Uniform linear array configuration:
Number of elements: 8
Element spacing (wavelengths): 1
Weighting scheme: blackman
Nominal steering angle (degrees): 30
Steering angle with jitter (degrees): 30.377
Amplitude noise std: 0.05
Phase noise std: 0.05

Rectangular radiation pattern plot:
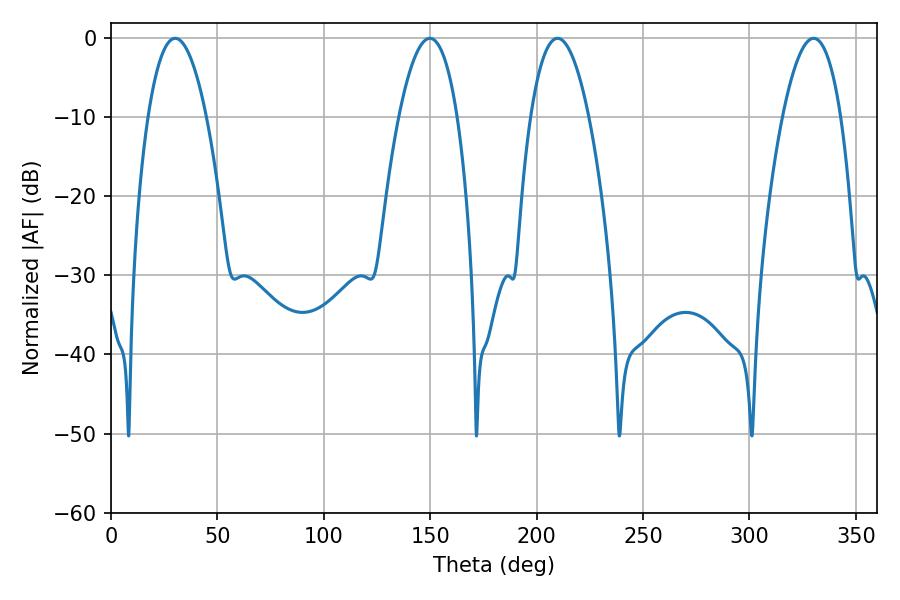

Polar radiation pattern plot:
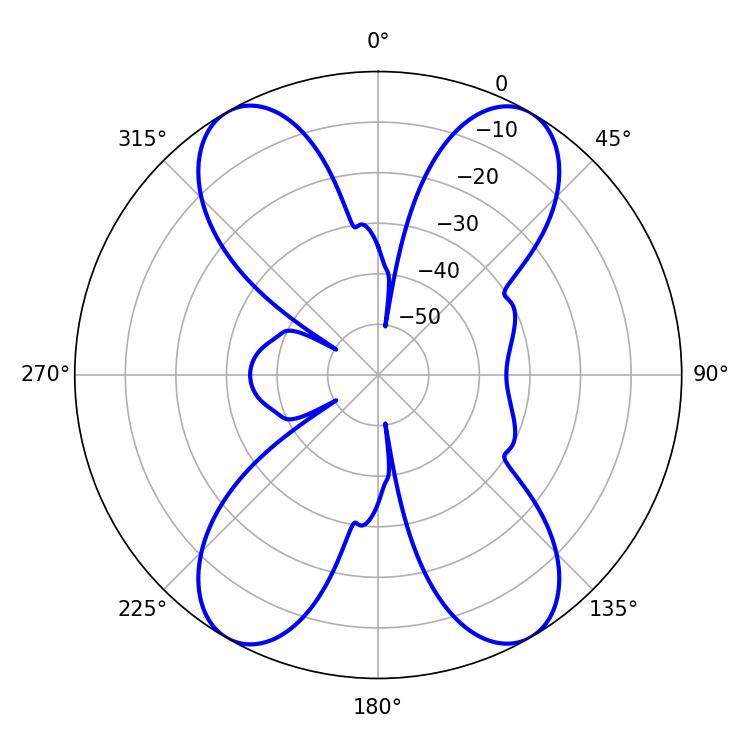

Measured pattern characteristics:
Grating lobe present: TRUE
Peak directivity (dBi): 27.229
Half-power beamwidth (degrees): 15.3
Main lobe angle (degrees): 330.12